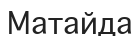
Матайда